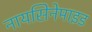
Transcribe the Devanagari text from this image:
नायसिनेमाइड